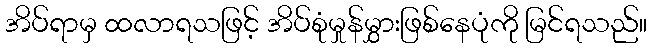
အိပ်ရာမှ ထလာရသဖြင့် အိပ်စုံမှုန်မွှားဖြစ်နေပုံကို မြင်ရသည်။